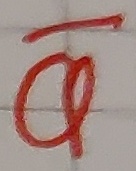
Text: Q